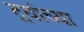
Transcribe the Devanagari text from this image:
द्रवांच्या